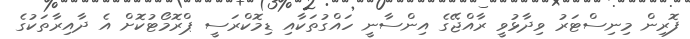
ފޮރިން މިނިސްޓަރު ވިދާޅުވީ ރާއްޖޭގެ އިންސާނީ ހައްގުތަކާއި ޑިމޮކްރަސީ ޕްރޮމޯޓުކޮށް އެ ދާއިރާތަކުގެ